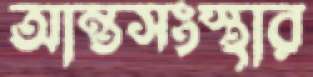
আন্তসংস্থার